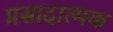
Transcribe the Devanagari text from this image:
प्रसादात्मक